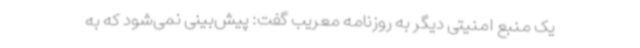
یک منبع امنیتی دیگر به روزنامه معریب گفت: پیش‌بینی نمی‌شود که به